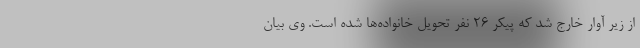
از زیر آوار خارج شد که پیکر ۲۶ نفر تحویل خانواده‌ها شده است. وی بیان